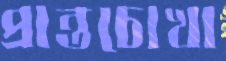
প্রান্তচোখা